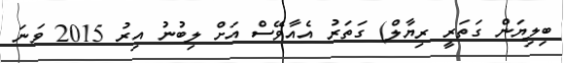
ބިލިޔަން ގަތަރީ ރިޔާލް) ގަތަރު އެއާވޭސް އަށް ލިބުނު އިރު 2015 ވަނަ